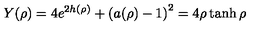
Y ( \rho ) = 4 e ^ { 2 h ( \rho ) } + \left( a ( \rho ) - 1 \right) ^ { 2 } = 4 \rho \tanh \rho \quad